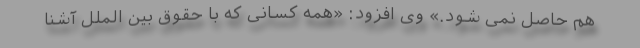
هم حاصل نمی ‌شود.» وی افزود: «همه کسانی که با حقوق بین ‌الملل آشنا